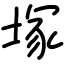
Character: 塚